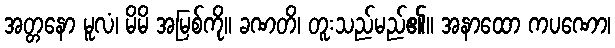
အတ္တနော မူလံ၊ မိမိ အမြစ်ကို။ ခဏတိ၊ တူးသည်မည်၏။ အနာထော ကပဏော၊